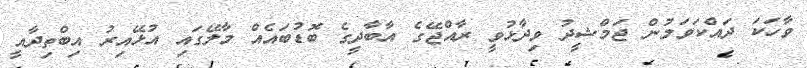
ވާހަކަ ދައްކަވަމުން ޖަމްޝީދު ވިދާޅުވީ ރާއްޖޭގެ އާބާދީގެ ބޮޑުބައެއް މާލޭގައި އުޅޭއިރު އިބްތިދާއީ